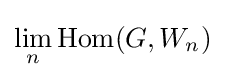
\lim _{n}{\text{Hom}}(G,W_{n})